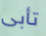
تأبى